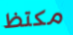
مكتظ